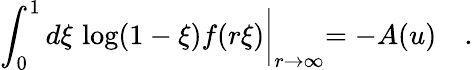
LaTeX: \int_{0}^{1}d\xi\, \log(1-\xi)f(r\xi)\biggl|_{r\to\infty}=-A(u)\quad.